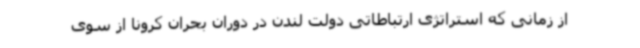
از زمانی که استراتژی ارتباطاتی دولت لندن در دوران بحران کرونا از سوی